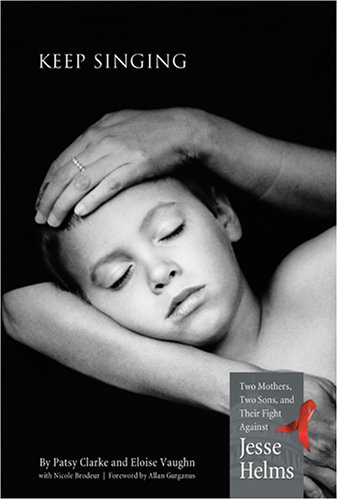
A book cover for Keep Singing; Patsy Clarke; Teen & Young Adult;